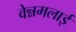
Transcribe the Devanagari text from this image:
वेन्नमलाई